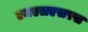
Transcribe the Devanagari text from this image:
एमएलएसएस